Scottish Leaving Certificate Examination, 1959
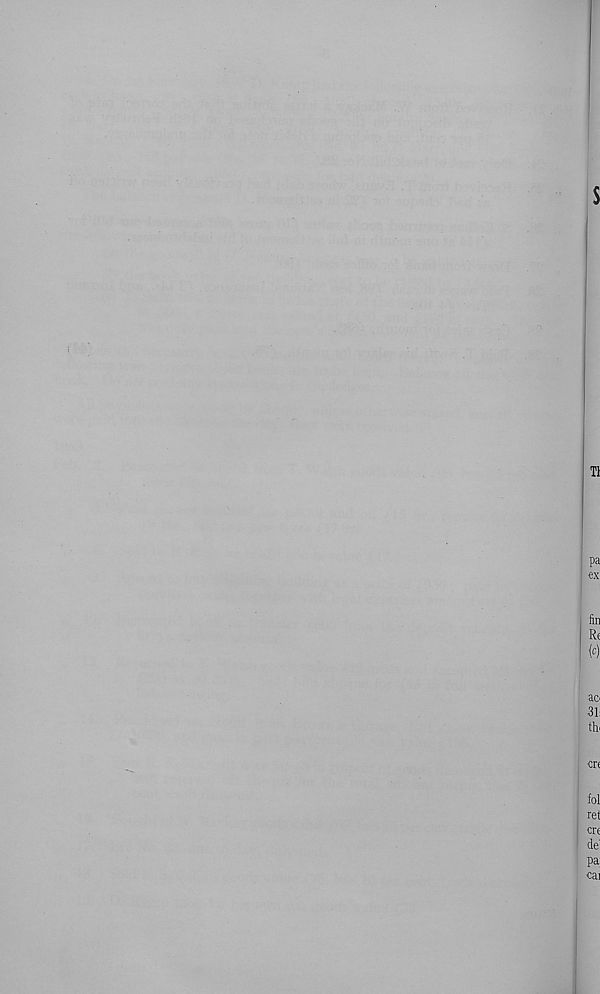
s
T1
pa
€X
fin
Rc
(^)
ao
31:
tin
■ cn
iol
ret
cn
del
pa;
cai